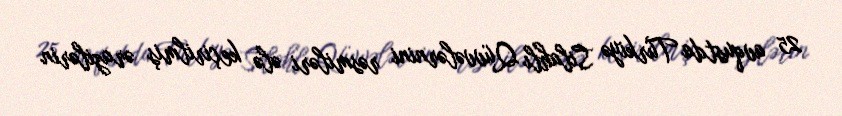
25 avqustda Türkiyə Silahlı Qüvvələrnini rəsmiləri ələ keçirilmiş ərazilərin